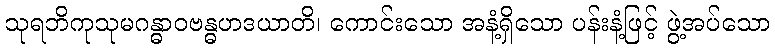
သုရဘိကုသုမဂန္ဓာဝဗန္ဓဟဒယာတိ၊ ကောင်းသော အနံ့ရှိသော ပန်းနံ့ဖြင့် ဖွဲ့အပ်သော